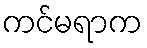
ကင်မရာက